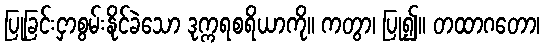
ပြုခြင်းငှာစွမ်းနိုင်ခဲသော ဒုက္ကရစရိယာကို။ ကတွာ၊ ပြု၍။ တထာဂတော၊